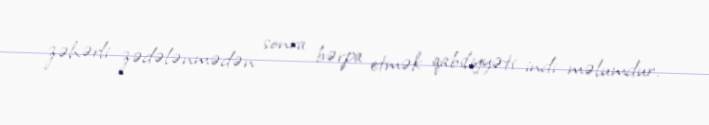
zəhərli zədələnmədən sonra bərpa etmək qabiliyyəti indi məlumdur.